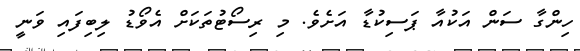
ހިންގާ ސަން އަކުއާ ޕަސިކުޑާ އަށެވެ. މި ރިސޯޓުތަކަށް އެވޯޑު ލިބިފައި ވަނީ